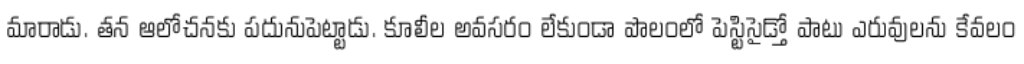
మారాడు. తన ఆలోచనకు పదునుపెట్టాడు. కూలీల అవసరం లేకుండా పొలంలో పెస్టిసైడ్తో పాటు ఎరువులను కేవలం